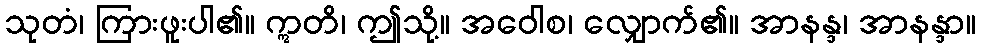
သုတံ၊ ကြားဖူးပါ၏။ ဣတိ၊ ဤသို့။ အဝေါစ၊ လျှောက်၏။ အာနန္ဒ၊ အာနန္ဒာ။